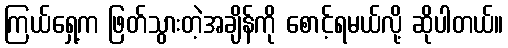
ကြယ်ရှေ့က ဖြတ်သွားတဲ့အချိန်ကို စောင့်ရမယ်လို့ ဆိုပါတယ်။